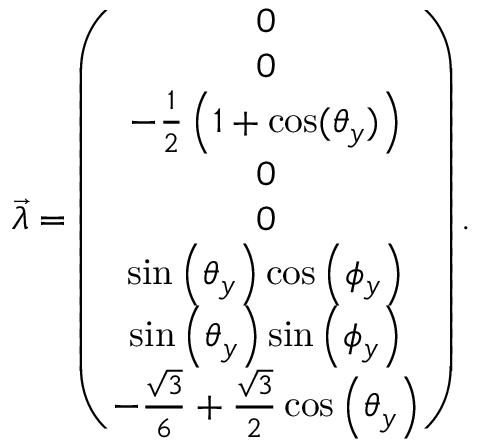
\begin{array} { r } { \overrightarrow { \lambda } = \left( \begin{array} { c } { 0 } \\ { 0 } \\ { - \frac { 1 } { 2 } \left( 1 + \cos ( \theta _ { y } ) \right) } \\ { 0 } \\ { 0 } \\ { \sin \left( \theta _ { y } \right) \cos \left( \phi _ { y } \right) } \\ { \sin \left( \theta _ { y } \right) \sin \left( \phi _ { y } \right) } \\ { - \frac { \sqrt { 3 } } { 6 } + \frac { \sqrt { 3 } } { 2 } \cos \left( \theta _ { y } \right) } \end{array} \right) . } \end{array}